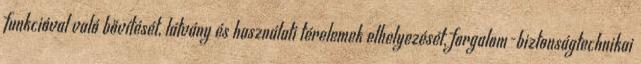
funkcióval való bővítését, látvány és használati térelemek elhelyezését, forgalom-biztonságtechnikai